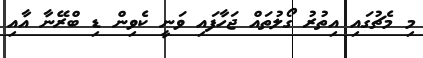
މި މެޗުގައި އިތުރު ގޯލުތައް ޖަހާފައި ވަނީ ކެވިން ޑި ބްރޭނާ އާއި